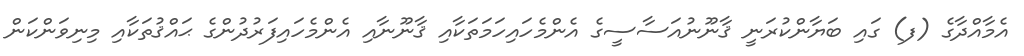
އެމާއްދާގެ (ފ) ގައި ބަޔާންކުރަނީ ޤާނޫނުއަސާސީގެ އެންމެހައިހަމަތަކާއި ޤާނޫނާއި އެންމެހައިފަރުދުންގެ ޙައްޤުތަކާއި މިނިވަންކަން